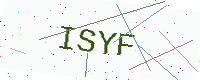
Text: ISYF